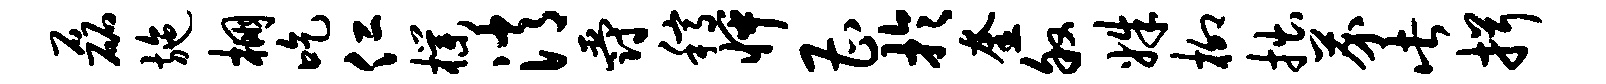
磊施棚吃仁朴消爵稿怦曹于奎叙姝柳拙芥此揖